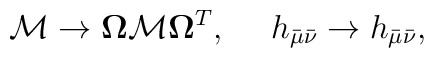
{\cal M} \to {\bf \Omega} {\cal M} {\bf \Omega}^T, \ \ \ \ h_{\bar{\mu}\bar{\nu}} \to h_{\bar{\mu}\bar{\nu}},